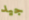
جيد